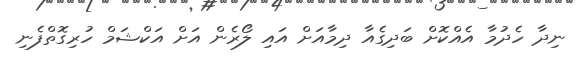
ނިދާ ހެދުމާ އެއްކޮށް ބަދިގެއާ ދިމާއަށް އައި ލޯރެން އަށް އަކްޝަމް ހުރިގޮތްފެނި